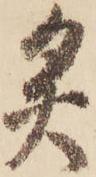
灸